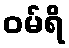
ဝမ်ရိ